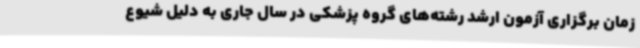
زمان برگزاری آزمون ارشد رشته‌های گروه پزشکی در سال جاری به دلیل شیوع